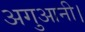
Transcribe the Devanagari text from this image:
अगुआनी।